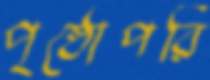
পৃষ্ঠোপরি